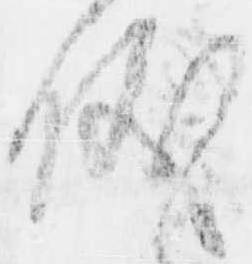
儀